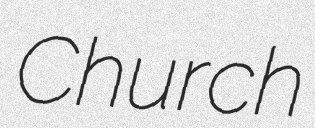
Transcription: Church